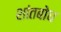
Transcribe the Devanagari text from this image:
शांतबोध